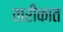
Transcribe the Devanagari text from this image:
तारीकात